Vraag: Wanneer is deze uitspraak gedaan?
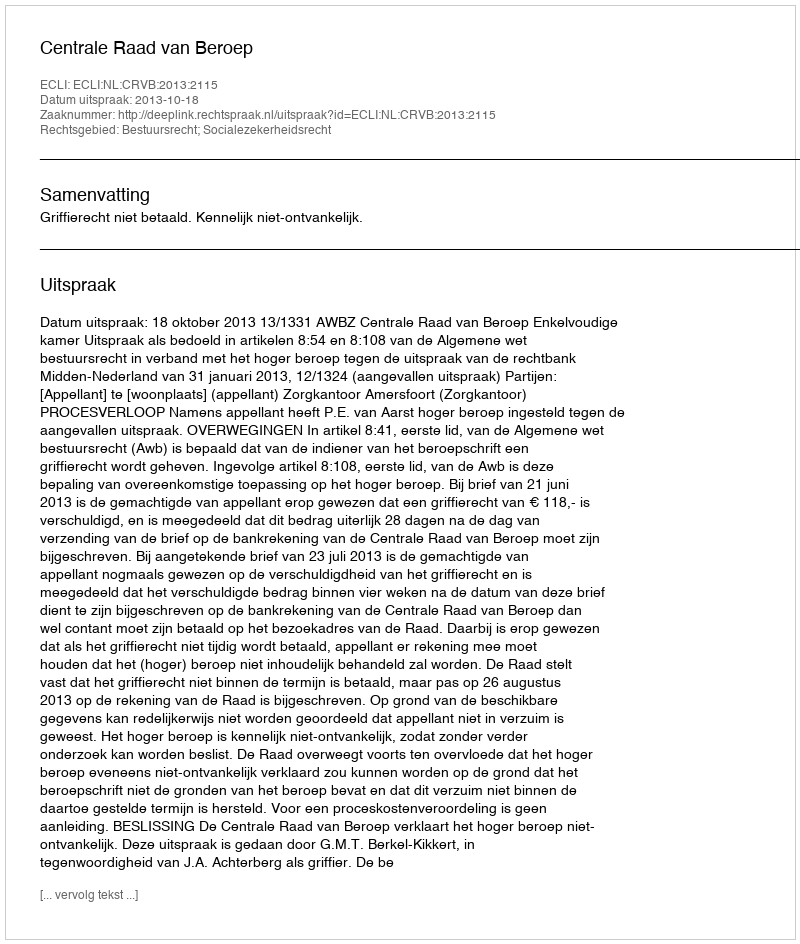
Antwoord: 2013-10-18